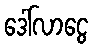
ဒေါ်လာငွေ